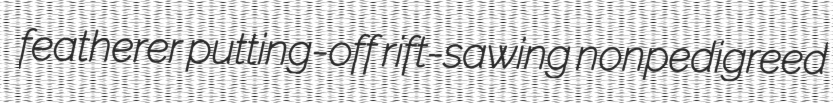
featherer putting-off rift-sawing nonpedigreed